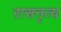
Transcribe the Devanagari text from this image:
रासनृत्य